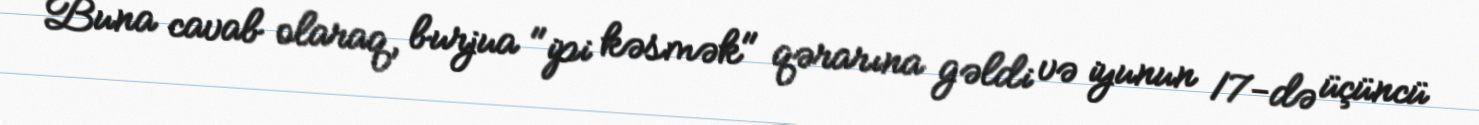
Buna cavab olaraq, burjua "ipi kəsmək" qərarına gəldi və iyunun 17-də üçüncü